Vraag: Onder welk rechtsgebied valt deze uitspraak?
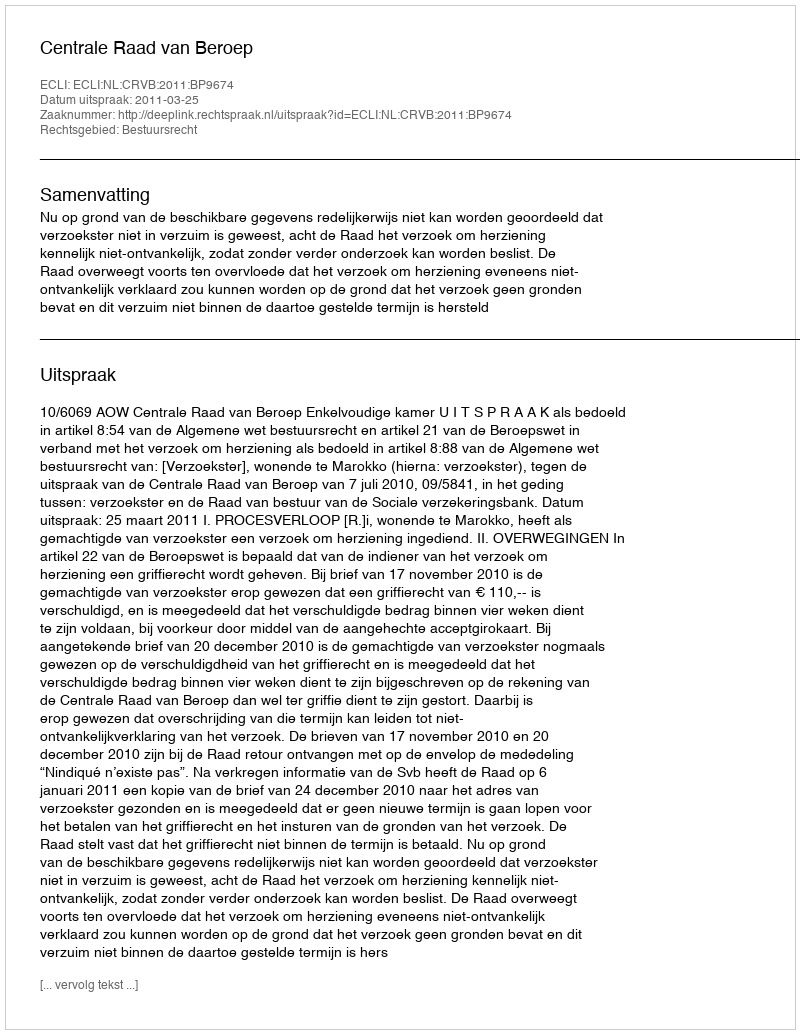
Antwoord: Bestuursrecht